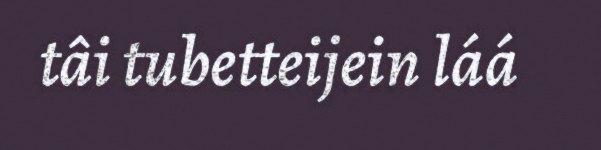
tâi tubetteijein láá